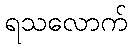
ရသလောက်